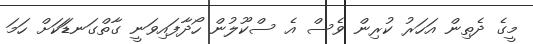
މީގެ ދެތިން އަހަރު ކުރިން ވެސް އެ ސްކޫލުން ހޯދާފައިވަނީ ގާތްގަނޑަަކަށް ހަމަ